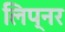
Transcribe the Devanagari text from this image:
लिप्नर